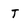
Character: T